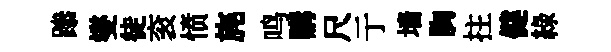
𨅶燮徒衮愤旄鸣購尺亍墙胸拄健綠